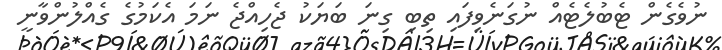
ނުވެގެން ޓެބުލެޓެއް ނުގަނެވިފައި ތިބި ގިނަ ބަޔަކު ޖެހިއްޖެ ނަމަ އެކަމުގެ ގެއްލުންވާނީ